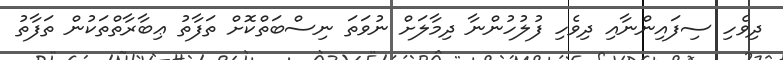
ދިވެހި ސިފައިންނާއި ދިވެހި ފުލުހުންނާ ދިމާލަށް ނުވަތަ ނިސްބަތްކޮށް ތަފާތު ޢިބާރާތްތަކުން ތަފާތު